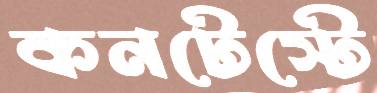
কনটেস্টে